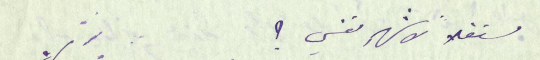
مستقلاً لاشهر نفسي ؟